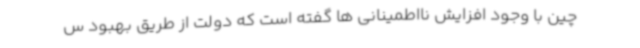
چین با وجود افزایش نااطمینانی ها گفته است که دولت از طریق بهبود س